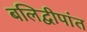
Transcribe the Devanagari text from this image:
बलिद्वीपांत